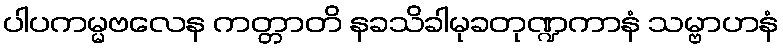
ပါပကမ္မဗလေန ကတ္တာတိ နခသိခါမုခတုဏ္ဍကာနံ သမ္ဗာဟနံ